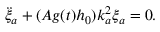
\ddot { \xi } _ { a } + ( A g ( t ) h _ { 0 } ) k _ { a } ^ { 2 } \xi _ { a } = 0 .